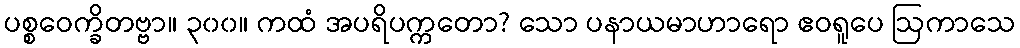
ပစ္စဝေက္ခိတဗ္ဗာ။ ၃၀၀။ ကထံ အပရိပက္ကတော? သော ပနာယမာဟာရော ဧဝရူပေ ဩကာသေ